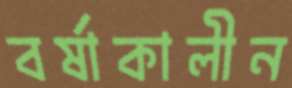
বর্ষাকালীন